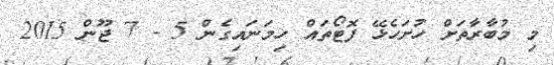
މި މުބާރާތަށް ހުށަހެޅޭ ފޮޓޯތައް ހިމަނައިގެން 5 - 7 ޖޫން 2015